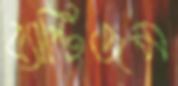
ব্যাপ্টিজম